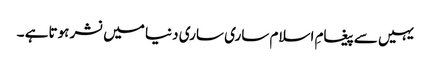
یہیں سےپیغامِ اسلام ساری ساری دنیا میں نشر ہوتاہے ۔